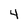
Character: 4